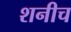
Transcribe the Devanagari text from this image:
शनीच